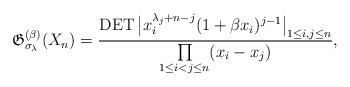
\begin{gather*}\mathfrak{G}_{\sigma_{\lambda}}^{(\beta)}(X_n)={\operatorname{DET}\big| x_i^{\lambda_j +n-j}(1+\beta x_i)^{j-1} \big|_{1 \le i,j \le n} \over \prod\limits_{1 \le i < j \le n}(x_i-x_j) },\end{gather*}